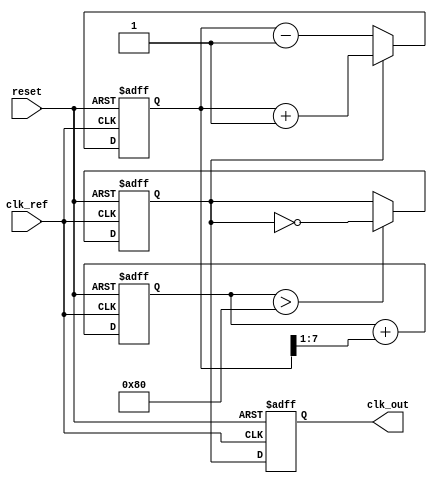
module MemoryBlocksAnalogPLL (
    input wire clk_ref,         // Reference clock input
    input wire reset,           // Reset signal
    output reg clk_out          // Output clock signal
);

// Parameters
parameter PHASE_ERROR_WIDTH = 8; // Width of phase error signal
parameter CONTROL_WIDTH = 8;      // Width of control voltage
parameter MEMORY_SIZE = 16;        // Size of memory block

// Internal signals
reg [PHASE_ERROR_WIDTH-1:0] phase_error; // Phase error signal
reg [CONTROL_WIDTH-1:0] control_voltage;  // Control voltage for VCO
reg [CONTROL_WIDTH-1:0] memory_block [0:MEMORY_SIZE-1]; // Memory block for phase information
reg [3:0] memory_index; // Index for memory block
reg vco_clk; // VCO output clock signal

// Phase Detector (PD)
always @(posedge clk_ref or posedge reset) begin
    if (reset) begin
        phase_error <= 0;
    end else begin
        // Simple phase detection logic (for illustration)
        if (vco_clk) begin
            phase_error <= phase_error + 1; // Increment if VCO is leading
        end else begin
            phase_error <= phase_error - 1; // Decrement if VCO is lagging
        end
    end
end

// Loop Filter (LF)
always @(posedge clk_ref or posedge reset) begin
    if (reset) begin
        control_voltage <= 0;
    end else begin
        // Simple first-order loop filter
        control_voltage <= control_voltage + (phase_error >> 1); // Adjust control voltage based on phase error
    end
end

// Voltage-Controlled Oscillator (VCO)
always @(posedge clk_ref or posedge reset) begin
    if (reset) begin
        vco_clk <= 0;
        clk_out <= 0;
    end else begin
        // Generate output clock based on control voltage
        if (control_voltage > 128) begin
            vco_clk <= ~vco_clk; // Toggle VCO clock if control voltage exceeds threshold
        end
        clk_out <= vco_clk; // Output clock follows VCO clock
    end
end

// Memory Block for storing phase information
always @(posedge clk_ref or posedge reset) begin
    if (reset) begin
        memory_index <= 0;
    end else begin
        // Store phase error in memory block
        memory_block[memory_index] <= phase_error;
        memory_index <= (memory_index + 1) % MEMORY_SIZE; // Circular buffer
    end
end

endmodule